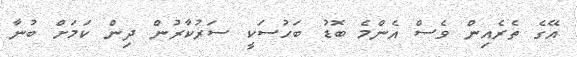
އޭގެ ތެރެއިން ވެސް އެންމެ ބޮޑު ބަހުސަކީ ސަރުކާރުން ދިން ކަމަށް ބުނާ